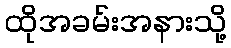
ထိုအခမ်းအနားသို့